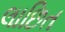
લાછિત